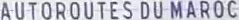
AUTOROUTES DU MAROC